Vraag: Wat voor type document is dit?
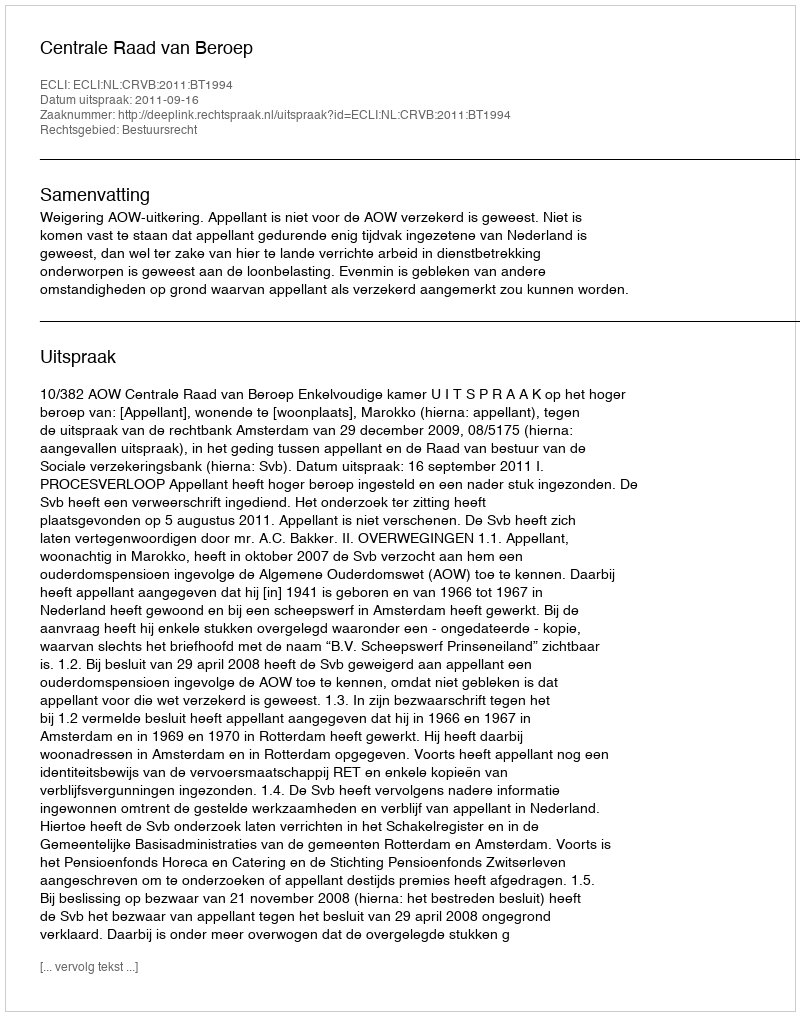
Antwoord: Uitspraak